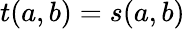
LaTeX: t(a,b)=s(a,b)